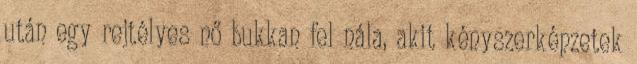
után egy rejtélyes nő bukkan fel nála, akit kényszerképzetek